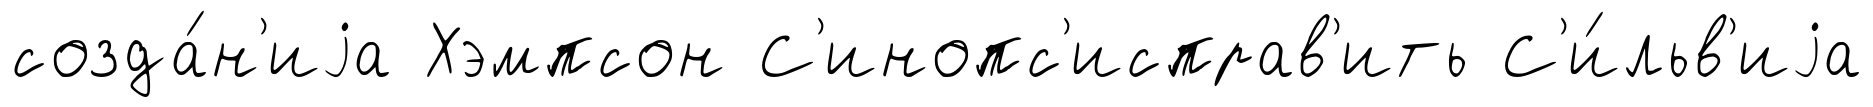
созда́н'иjа Хэмпсон С'инопс'исправ'ить С'и́льв'иjа